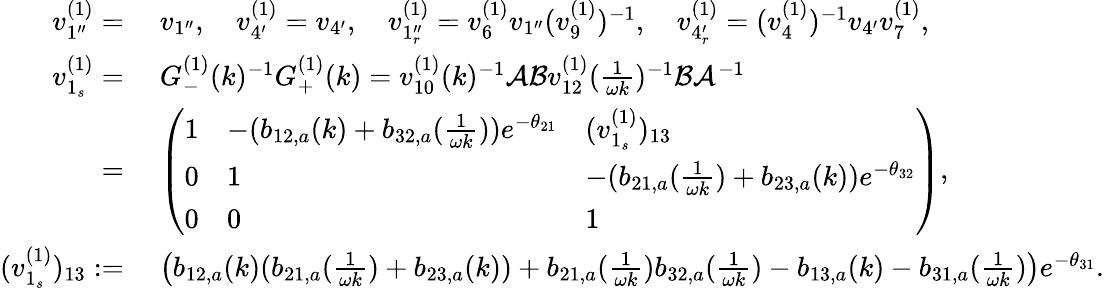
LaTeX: \begin{array}{rl}{v_{1^{\prime\prime}}^{(1)}=}&{\; v_{1^{\prime\prime}},\quad v_{4^{\prime}}^{(1)}=v_{4^{\prime}},\quad v_{1_{r}^{\prime\prime}}^{(1)}=v_{6}^{(1)}v_{1^{\prime\prime}}(v_{9}^{(1)})^{-1},\quad v_{4_{r}^{\prime}}^{(1)}=(v_{4}^{(1)})^{-1}v_{4^{\prime}}v_{7}^{(1)},}\\ {v_{1_{s}}^{(1)}=}&{\; G_{-}^{(1)}(k)^{-1}G_{+}^{(1)}(k)=v_{10}^{(1)}(k)^{-1}\mathcal{A}\mathcal{B}v_{12}^{(1)}(\frac{1}{\omega k})^{-1}\mathcal{B}\mathcal{A}^{-1}}\\ {=}&{\; \left(\begin{array}{lll}{1}&{-(b_{12,a}(k)+b_{32,a}(\frac{1}{\omega k}))e^{-\theta_{21}}}&{(v_{1_{s}}^{(1)})_{13}}\\ {0}&{1}&{-(b_{21,a}(\frac{1}{\omega k})+b_{23,a}(k))e^{-\theta_{32}}}\\ {0}&{0}&{1}\end{array}\right),}\\ {(v_{1_{s}}^{(1)})_{13}:=}&{\; \big(b_{12,a}(k)(b_{21,a}(\frac{1}{\omega k})+b_{23,a}(k))+b_{21,a}(\frac{1}{\omega k})b_{32,a}(\frac{1}{\omega k})-b_{13,a}(k)-b_{31,a}(\frac{1}{\omega k})\big)e^{-\theta_{31}}.}\end{array}